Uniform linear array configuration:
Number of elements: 32
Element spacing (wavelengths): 1
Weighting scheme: kaiser
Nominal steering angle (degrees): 30
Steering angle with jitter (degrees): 28.935
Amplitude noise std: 0.05
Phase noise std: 0.05

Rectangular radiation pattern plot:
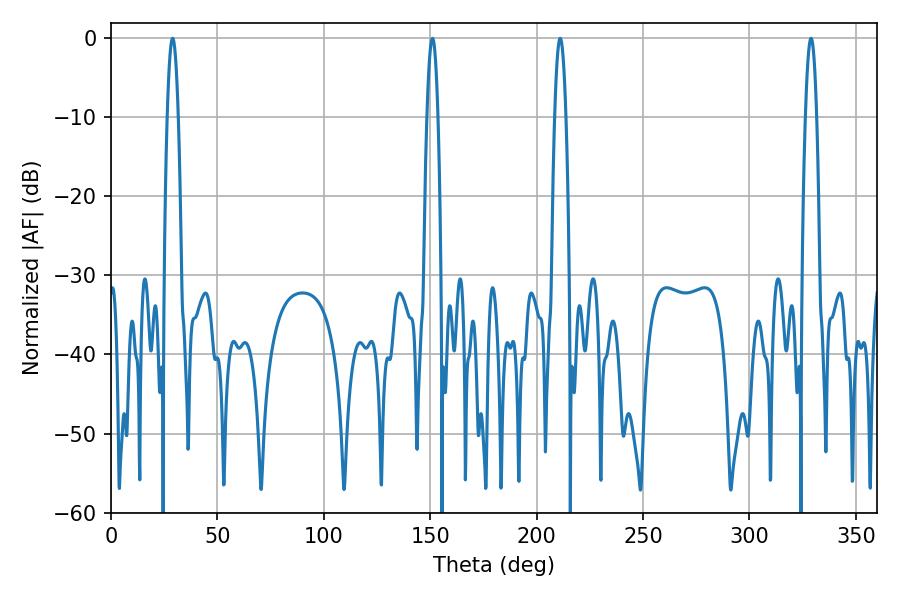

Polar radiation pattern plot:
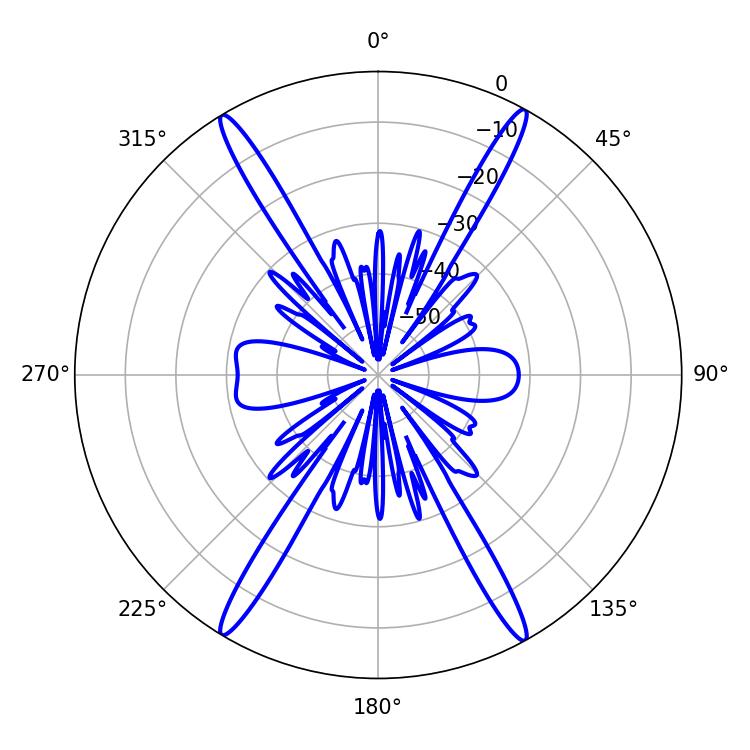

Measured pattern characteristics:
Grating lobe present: TRUE
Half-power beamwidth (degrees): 2.88
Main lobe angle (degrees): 151.02